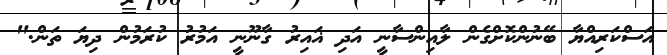
އަސްކަރިއްޔާ ބޭނުންކޮށްގެން ލާއިންސާނީ އަދި ޣައިރު ގާނޫނީ އަމުރު ކުރަމުން ދިޔަ ތަން."